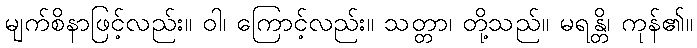
မျက်စိနာဖြင့်လည်း။ ဝါ၊ ကြောင့်လည်း။ သတ္တာ၊ တို့သည်။ မရန္တိ၊ ကုန်၏။